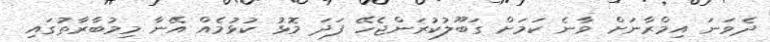
ދެވަަނަ އިމްރާނަށް ވާނެ ކަމަށް ގަބޫލުކުރަންޖެހޭ ފަދަ މޮޅު ކުޅުމެއް އޭނާ މިމުބާރާތުގައި